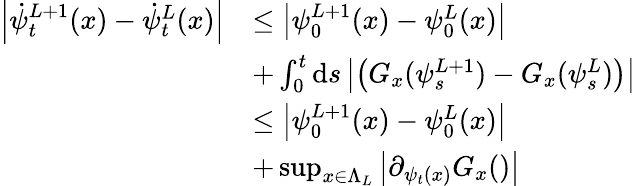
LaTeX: \begin{array}{rl}{\left|\dot{\psi}_{t}^{L+1}(x)-\dot{\psi}_{t}^{L}(x)\right|}&{\leq\left|\psi_{0}^{L+1}(x)-\psi_{0}^{L}(x)\right|}\\ &{+\int_{0}^{t}\mathrm{d}s\left|\left(G_{x}(\psi_{s}^{L+1})-G_{x}(\psi_{s}^{L})\right)\right|}\\ &{\leq\left|\psi_{0}^{L+1}(x)-\psi_{0}^{L}(x)\right|}\\ &{+\operatorname*{sup}_{x\in\Lambda_{L}}\left|\partial_{\psi_{t}(x)}G_{x}()\right|}\end{array}